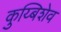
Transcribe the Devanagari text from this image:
कुय्बिशेव